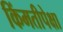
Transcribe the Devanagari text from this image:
किंमतीपेक्षा